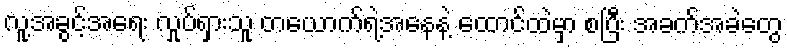
လူ့အခွင့်အရေး လှုပ်ရှားသူ တယောက်ရဲ့အနေနဲ့ ထောင်ထဲမှာ စပြီး အခက်အခဲတွေ